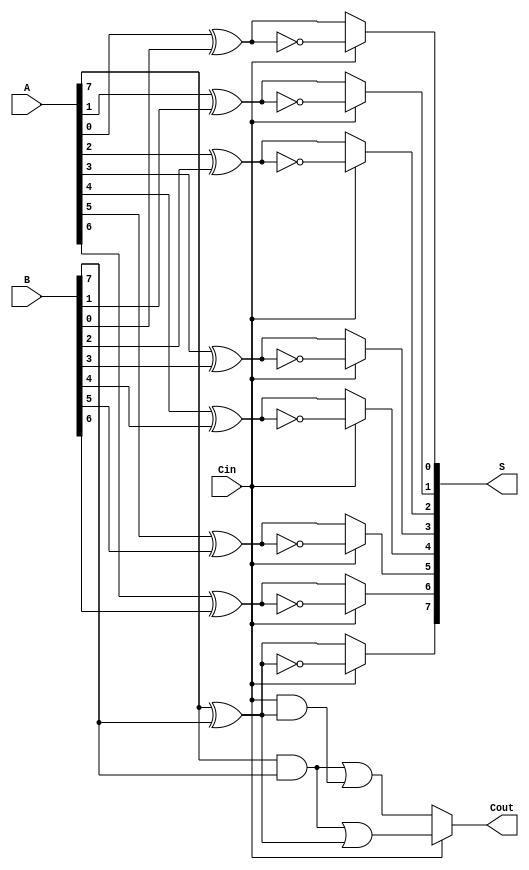
module conditional_sum_adder #(parameter n = 8) (
    input wire [n-1:0] A,     // n-bit input A
    input wire [n-1:0] B,     // n-bit input B
    input wire Cin,            // Carry-in
    output wire [n-1:0] S,     // n-bit Sum output
    output wire Cout           // Carry-out
);

    wire [n-1:0] S0;           // Sum assuming carry-in = 0
    wire [n-1:0] S1;           // Sum assuming carry-in = 1
    wire [n-1:0] C0;           // Carry-out assuming carry-in = 0
    wire [n-1:0] C1;           // Carry-out assuming carry-in = 1

    genvar i;

    // Generate the sums and carry-outs for each bit position
    generate
        for (i = 0; i < n; i = i + 1) begin : CSA_BIT
            // Compute sums assuming carry-in = 0 and carry-in = 1
            assign S0[i] = A[i] ^ B[i] ^ 0;           // S0[i] = A[i] XOR B[i]
            assign S1[i] = A[i] ^ B[i] ^ 1;           // S1[i] = A[i] XOR B[i] XOR 1
            
            // Compute carry-out assuming carry-in = 0
            assign C0[i] = (A[i] & B[i]) | (Cin & (A[i] ^ B[i]));
            // Compute carry-out assuming carry-in = 1
            assign C1[i] = (A[i] & B[i]) | (1 & (A[i] ^ B[i]));
        end
    endgenerate

    // Final carry-out calculation
    assign Cout = Cin ? C1[n-1] : C0[n-1];

    // Select the sum based on the carry-in
    generate
        for (i = 0; i < n; i = i + 1) begin : SUM_SELECT
            assign S[i] = Cin ? S1[i] : S0[i];
        end
    endgenerate

endmodule